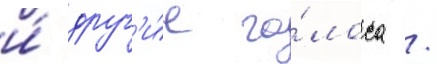
и́ друг'и́е го́лоса /